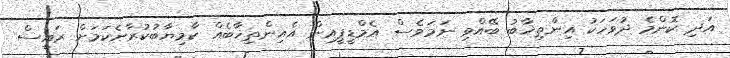
އަދި ކޮންމެ ދުވަހަކު އިންތިޚާބު ބޭއްވި ނަމަވެސް އެމްޑީޕީއިން އެއިންތިޚާބެއް ކާމިޔާބުކުރާނެކަމަށް ރައީސް